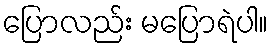
ပြောလည်း မပြောရဲပါ။